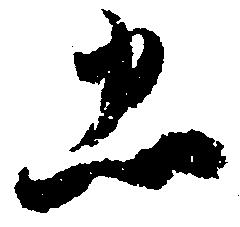
忠